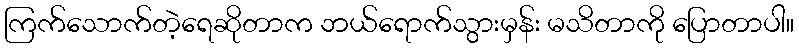
ကြက်သောက်တဲ့ရေဆိုတာက ဘယ်ရောက်သွားမှန်း မသိတာကို ပြောတာပါ။